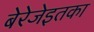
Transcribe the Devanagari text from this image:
बेरेजेइतका